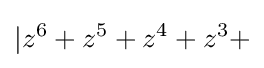
|z^{6}+z^{5}+z^{4}+z^{3}+